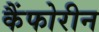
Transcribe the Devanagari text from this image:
कैंफोरीन